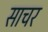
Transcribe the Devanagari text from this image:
साचर